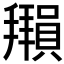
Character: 𫾖